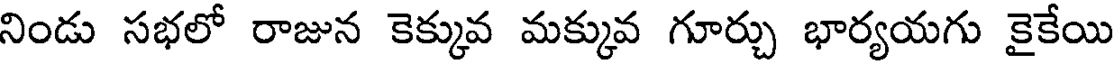
నిండు సభలో రాజున కెక్కువ మక్కువ గూర్చు భార్యయగు కైకేయి